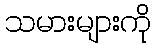
သမားများကို